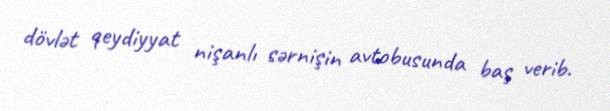
dövlət qeydiyyat nişanlı sərnişin avtobusunda baş verib.